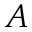
A